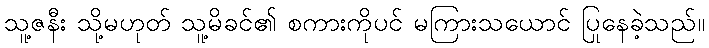
သူ့ဇနီး သို့မဟုတ် သူ့မိခင်၏ စကားကိုပင် မကြားသယောင် ပြုနေခဲ့သည်။